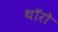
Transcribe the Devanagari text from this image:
थॉरो